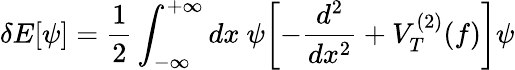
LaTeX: \delta E[\psi]={\frac{1}{2}}\int_{-\infty}^{+\infty}dx~\psi\biggl[-{\frac{d^{2}}{dx^{2}}}+V_{T}^{(2)}(f)\biggr]\psi